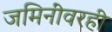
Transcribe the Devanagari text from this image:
जमिनींवरही